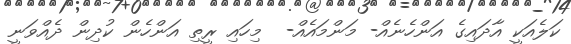
ކަލެއަކީ އާދައިގެ އަންހެނެއް- މަންމައެއް-  މިހައި ރީތި އަންހެން ކުދިން ދެއްވަނީ